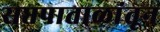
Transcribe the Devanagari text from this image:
सप्तपाताळांतून